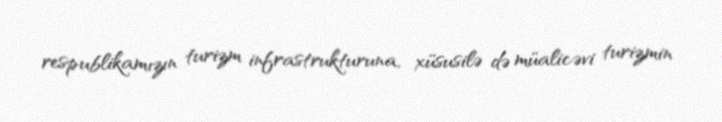
respublikamızın turizm infrastrukturuna, xüsusilə də müalicəvi turizmin